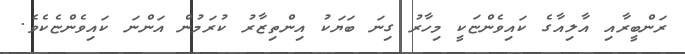
ރަންބީރާއި އާލިއާގެ ކައިވެންޏަކީ މިހާރު ގިނަ ބަޔަކު އިންތިޒާރު ކުރަމުން އަންނަ ކައިވެންޏެކެވެ.